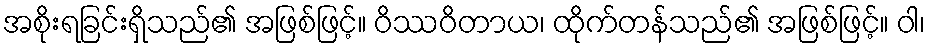
အစိုးရခြင်းရှိသည်၏ အဖြစ်ဖြင့်။ ဝိဿဝိတာယ၊ ထိုက်တန်သည်၏ အဖြစ်ဖြင့်။ ဝါ၊